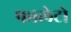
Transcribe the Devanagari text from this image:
फालेटो